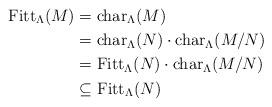
LaTeX: \begin{align*}\mathrm{Fitt}_{\Lambda} ( M ) & = \mathrm{char}_{\Lambda} ( M ) \\ & = \mathrm{char}_{\Lambda} ( N ) \cdot \mathrm{char}_{\Lambda} ( M/N ) \\ & = \mathrm{Fitt}_{\Lambda} ( N ) \cdot \mathrm{char}_{\Lambda} ( M/N ) \\ & \subseteq \mathrm{Fitt}_{\Lambda} ( N )\end{align*}